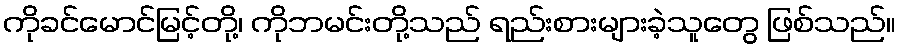
ကိုခင်မောင်မြင့်တို့၊ ကိုဘမင်းတို့သည် ရည်းစားများခဲ့သူတွေ ဖြစ်သည်။